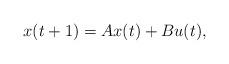
LaTeX: \begin{align*}x(t+1) = Ax(t) + Bu(t),\end{align*}